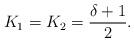
LaTeX: \begin{align*}K_1 = K_2 = \frac{\delta+1}{2}.\end{align*}